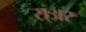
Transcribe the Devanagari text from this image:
स्अर